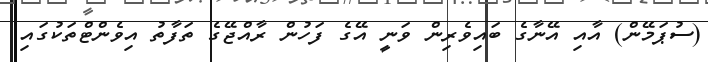
(ސުޕަމޭން) އާއި އޭނާގެ ބައިވެރިން ވަނީ އޭގެ ފަހުން ރާއްޖޭގެ ތަފާތު އިވެންޓްތަކުގައި